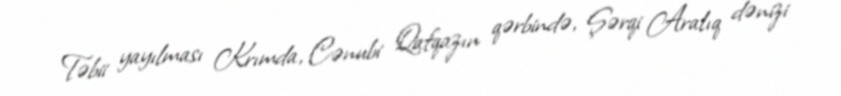
Təbii yayılması Krımda, Cənubi Qafqazın qərbində, Şərqi Aralıq dənizi